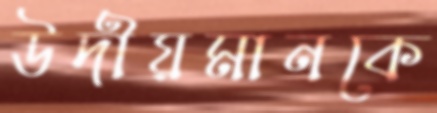
উদীয়মানকে